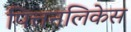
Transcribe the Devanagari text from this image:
पित्तनलिकेस